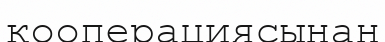
кооперациясынан